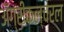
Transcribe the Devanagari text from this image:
ॲग्रीकल्चरल